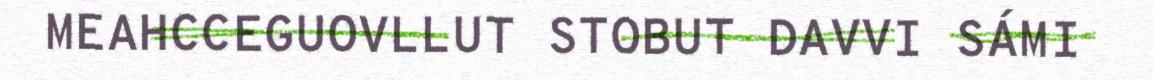
MEAHCCEGUOVLLUT STOBUT DAVVI SÁMI